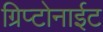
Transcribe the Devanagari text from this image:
ग्रिप्टोनाईट